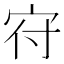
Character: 𡧛